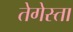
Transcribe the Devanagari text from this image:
तेगेस्ता